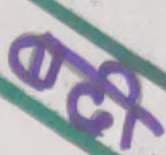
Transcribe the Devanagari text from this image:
छर